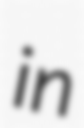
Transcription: in